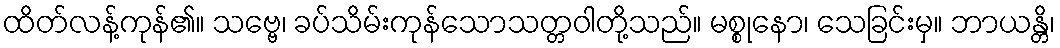
ထိတ်လန့်ကုန်၏။ သဗ္ဗေ၊ ခပ်သိမ်းကုန်သောသတ္တဝါတို့သည်။ မစ္စုနော၊ သေခြင်းမှ။ ဘာယန္တိ၊